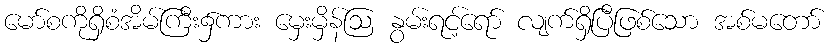
မော်စကိုရှိစံအိမ်ကြီး၌ကား မှေးမှိန်ဩ နွမ်းရင့်ရော် လျက်ရှိပြီဖြစ်သော အစ်မတော်